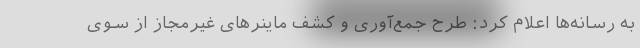
به رسانه‌ها اعلام کرد: طرح جمع‌آوری و کشف ماینرهای غیرمجاز از سوی